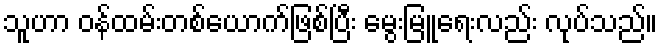
သူဟာ ဝန်ထမ်းတစ်ယောက်ဖြစ်ပြီး မွေးမြူရေးလည်း လုပ်သည်။